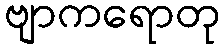
ဗျာကရောတု